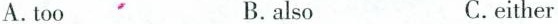
A.too B.also C.either